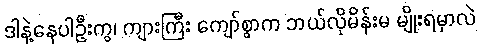
ဒါနဲ့နေပါဦးကွ၊ ကျားကြီး ကျော်စွာက ဘယ်လိုမိန်းမ မျိုးရမှာလဲ